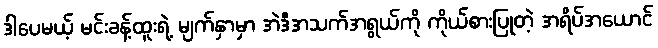
ဒါပေမယ့် မင်းခန့်ထူးရဲ့ မျက်နှာမှာ အဲဒီအသက်အရွယ်ကို ကိုယ်စားပြုတဲ့ အရိပ်အယောင်